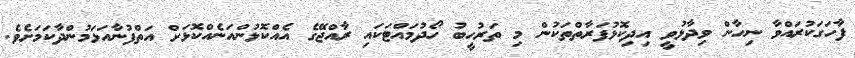
ފާހަގަކުރައްވާ ނިހާން ވިދާޅުވީ އިދިކޮޅުފަރާތްތަކުން މި ތަރުހީބު ހޯދުމައްޓަކައި ރާއްޖޭގެ އެއްކޮޅުންއަނެއްކޮޅަށް އަތްފުނާއަޅަމުންދާކަމަށެވެ.